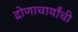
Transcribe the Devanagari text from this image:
द्रोणाचार्यांची